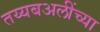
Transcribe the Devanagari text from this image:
तय्यबअलींच्या